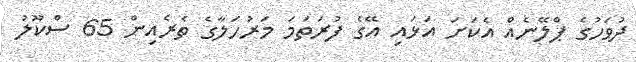
ދުވަހުގެ ޕްލޭނެއް އެކަށަ އަޅައި އޭގެ ފުރަތަމަ މަރުހަލާގެ ތެރެއިން 65 ސްކޫލު